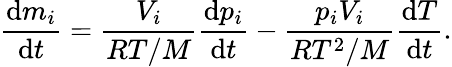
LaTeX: \frac{\mathrm{d}m_{i}}{\mathrm{d}t}=\frac{V_{i}}{RT/M}\frac{\mathrm{d}p_{i}}{\mathrm{d}t}-\frac{p_{i}V_{i}}{RT^{2}/M}\frac{\mathrm{d}T}{\mathrm{d}t}.